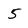
Character: 5